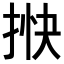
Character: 𢭴